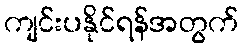
ကျင်းပနိုင်ရန်အတွက်